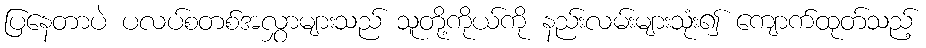
ပြနေတာပဲ ပလပ်စတစ်အလွှာများသည် သူတို့ကိုယ်ကို နည်းလမ်းများသုံး၍ ကျောက်ထုတ်သည့်